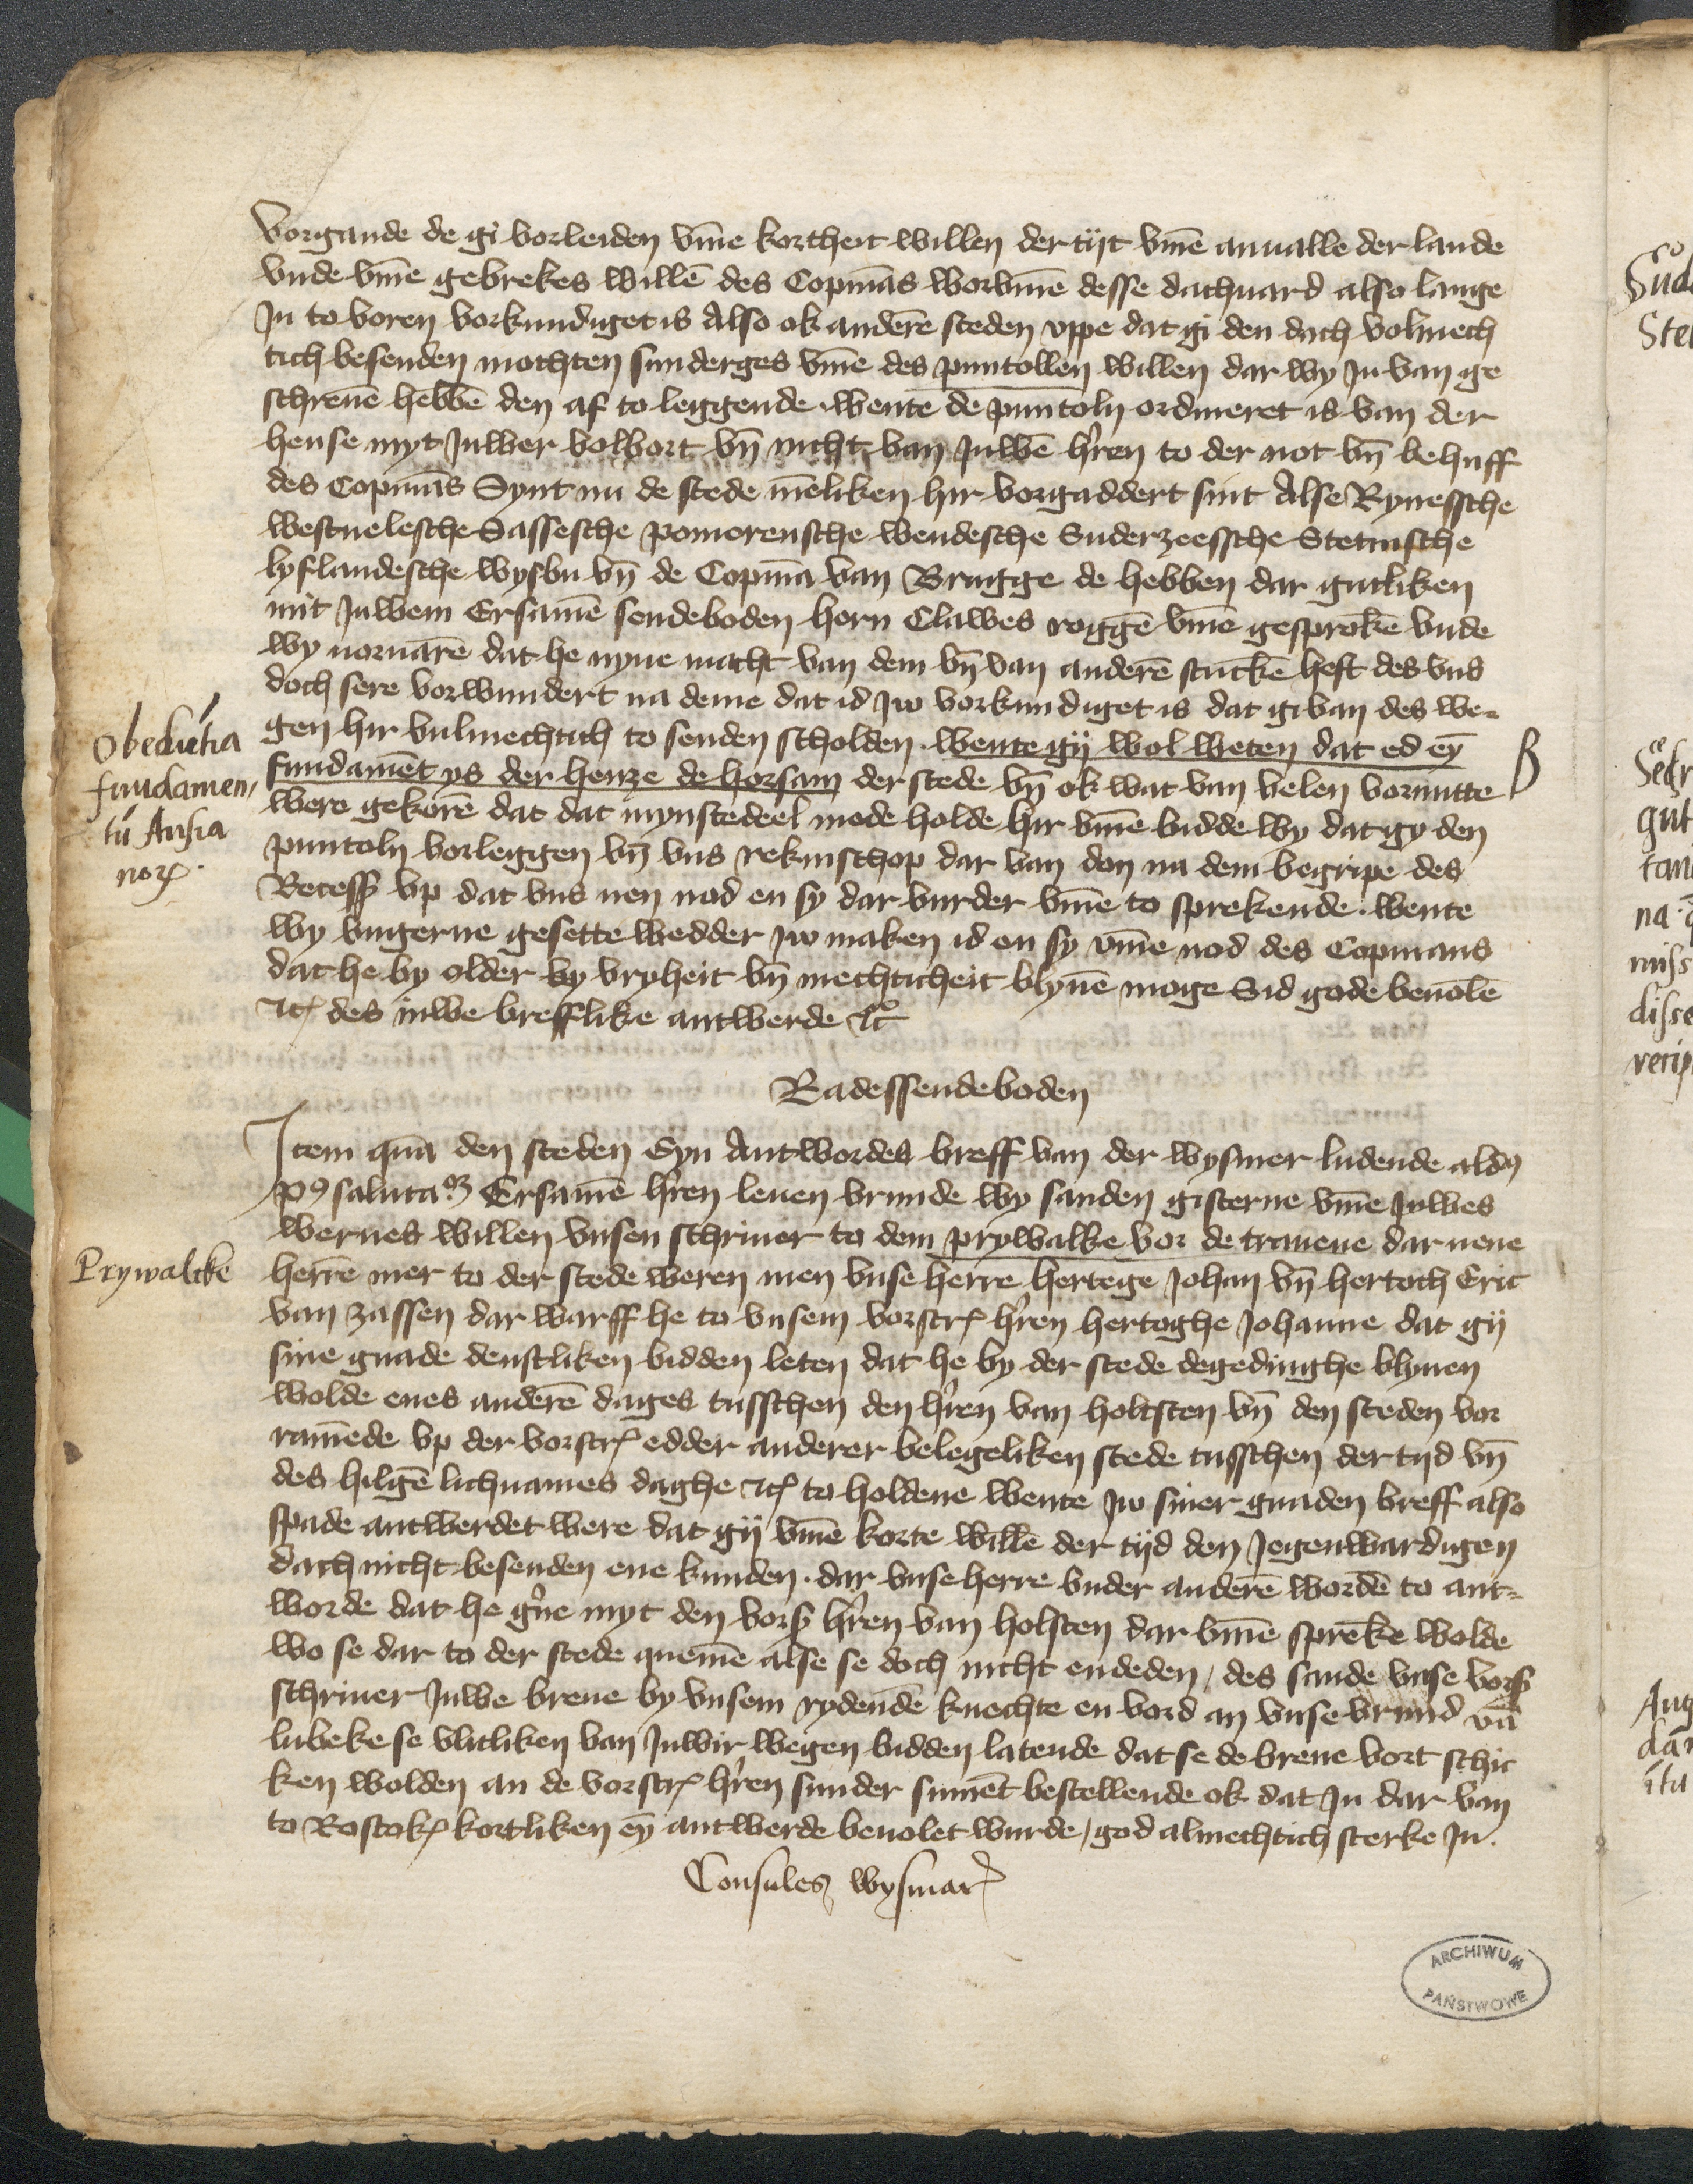
vorgande de gi vorleiden vmme kortheit willen der tyt vmme anualle der lande
vnde vmme gebrekes willen des Copmans worvmme desse dachuard also lange
Jn to voren vorkundiget is Also ok anderen steden vppe dat gi den dach volmech¬
tich besenden mochten sunderges vmme des puntollen willen dar wy Jn van ge¬
schreuen hebben den af to leggende wente de puntoln ordineret is van der
hense myt Juwer volbort vnd nichte van Juwen herren to der not vnd behuff
des Copmans Synt nu de stede menliken hir vorgaddert sint Alse Rynessche
Westuelesche Sassesche Pomorensche Wendesche Suderzeessche Stetinsche
Lyflandesche Wysbu vnd de Copman van Brugge de hebben dar gutliken
mit Juwem Ersamen sendeboden hern Clawes Roggen vmme gesproken vnde
wy uoruaren dat he nyne macht van dem vnd van anderen stucken heft des vns
doch sere vorwundert na deme dat id Jw vorkundiget is dat gi van des we¬
gen hir vulmechtich to senden scholden. wente gy wol weten dat ed eyn
fundament ys der henze de horsam der stede vnd ok wat van velen vornutte
were gekoren dat dat mynstedeel mode holde hir vmme bidde wy dat gy den
puntoln vorleggen vnd vns rekinschop dar van don na dem begripe des
Recesß vp dat vns nen nod en sy dar vurder vmme to sprekende. wente
wy vngerne gesette wedder Jw maken id en sy vmme nod des Copmans
dat he by older by vryheit vnd mechticheit blyuen moge Sid gode beuolen
Jtem des iuwe brefflike antwerde etcetera

Radessendeboden

Jtem quam den steden Eyn Antwordes breff van der Wysmer ludende aldes
Post salutatem Ersamen herren leuen vrunde wy sanden gesterne vmme Juwes
werues willen vnsen schriuer to dem Prywalke vor de Trauene dar nene
herren mer to der stede weren men vnse herre hertege Johan vnd hertoch Eric
van Zassen dar warff he to vnsem vorscreuen herren hertoghe Johanne dat gy
sine gnade denstliken bidden leten dat he by der stede degedinghe blyuen
wolde enes anderen dages tusschen den hrern van Holtsten vnd den steden vor¬
ramende vp der vorscreuen edder anderer belegeliken stede tusschen der tyd vnd
des hilgen lichnames daghe etc to holdene wente Jw siner gnaden breff also
spade antwerdet were dat gy vmme korte willen der tyd den Jegenwardigen
dach nicht besenden ene kunden. dar vnse herre vnder anderen worden to ant¬
worde dat he gerne myt den vorscreuen heren van Holsten dar vmme spreke wolde
wo se dar to der stede quemen alse se doch nicht endeden, des sande vnse vorscreuen
schriuer Juwe breue by vnsem rydende knechte en vord an vnse vrund van
Lubeke se vlitliken van Juwir wegen bidden latende dat se de breue vort schic¬
ken wolden an de vorscreuen herren sunder sument bestellende ok dat Jn dar van
to Rostokes kortliken eyn antwerde beuolet wurde, god almechtich sterke Jn.
Consules WysmarꝬ

Obedutia
fundamen¬
tu Ansia
nor

Prywalcke

B